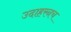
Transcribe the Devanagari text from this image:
उदाहरनच